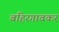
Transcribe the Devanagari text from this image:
बहिरगावकर